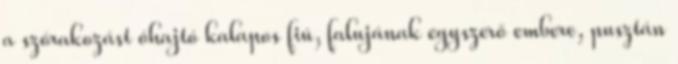
a szórakozást óhajtó kalapos fiú, falujának egyszerő embere, pusztán